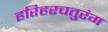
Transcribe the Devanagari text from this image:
हरिहरचतुरंग